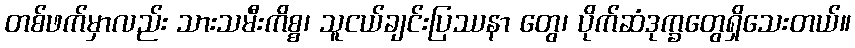
တစ်ဖက်မှာလည်း သားသမီးကိစ္စ၊ သူငယ်ချင်းပြဿနာ တွေ၊ ပိုက်ဆံဒုက္ခတွေရှိသေးတယ်။